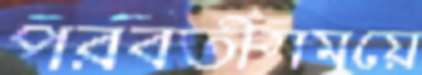
পরবর্তীসময়ে